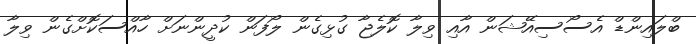
ބްލައިންޑް އެސޯސިއޭޝަން އާއި ވިލާ ކޮލެޖާ ގުޅިގެން ލޯފަން ކުދީންނަށް ހާއްސަކޮށްގެން ވިލާ